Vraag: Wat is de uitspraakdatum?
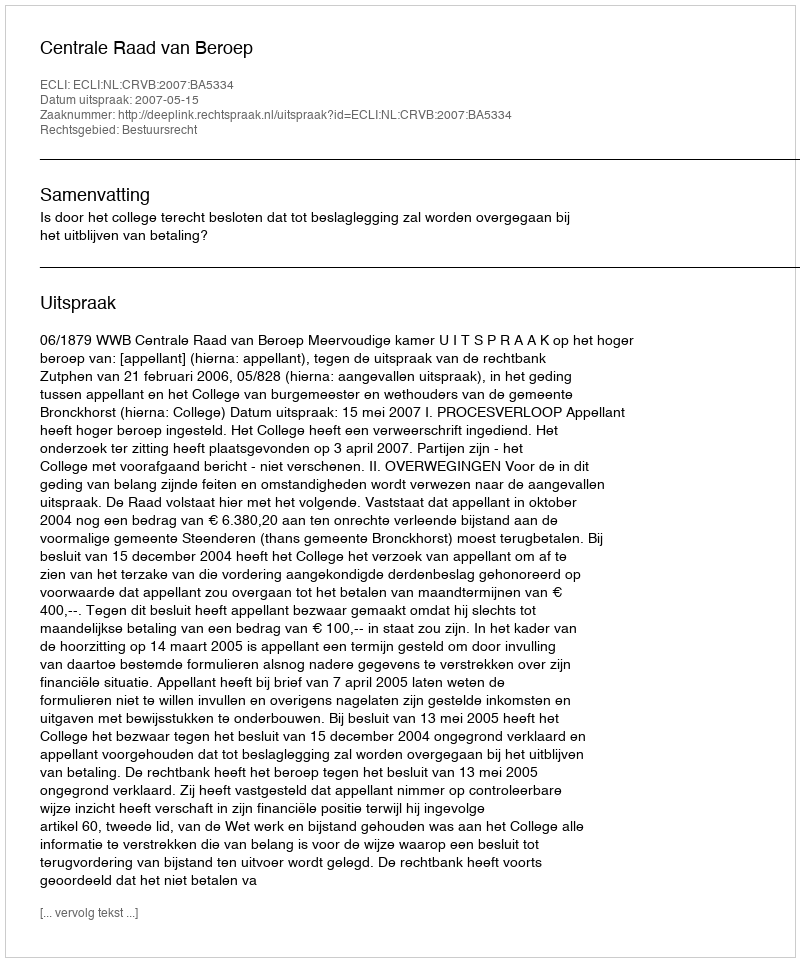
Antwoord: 2007-05-15